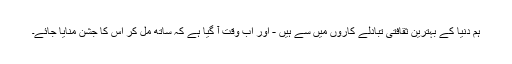
ہم دنیا کے بہترین ثقافتی تبادلے کاروں میں سے ہیں - اور اب وقت آ گیا ہے کہ ساتھ مل کر اس کا جشن منایا جائے۔